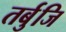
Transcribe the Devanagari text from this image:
तर्बुजि